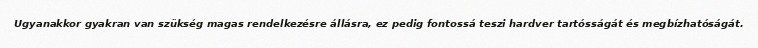
Ugyanakkor gyakran van szükség magas rendelkezésre állásra, ez pedig fontossá teszi hardver tartósságát és megbízhatóságát.